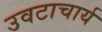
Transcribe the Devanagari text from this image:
उवटाचार्य